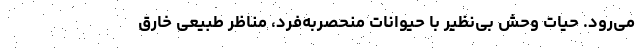
می‌رود. حیات وحش بی‌نظیر با حیوانات منحصربه‌فرد، مناظر طبیعی خارق